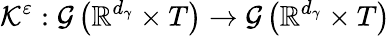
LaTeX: \mathcal{K}^{\varepsilon}:\mathcal{G}\left(\mathbb{R}^{d_{\gamma}}\times T\right)\rightarrow\mathcal{G}\left(\mathbb{R}^{d_{\gamma}}\times T\right)